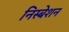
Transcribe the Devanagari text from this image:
निस्बेशन